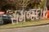
સમજદાર